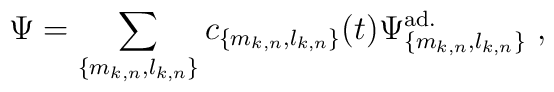
\Psi = \sum_{\{m_{k,n},l_{k,n}\}} c_{\{m_{k,n},l_{k,n}\}}(t)\Psi^{{\rm ad.}}_{\{m_{k,n},l_{k,n}\}}\ ,